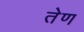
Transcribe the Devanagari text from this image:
तेण